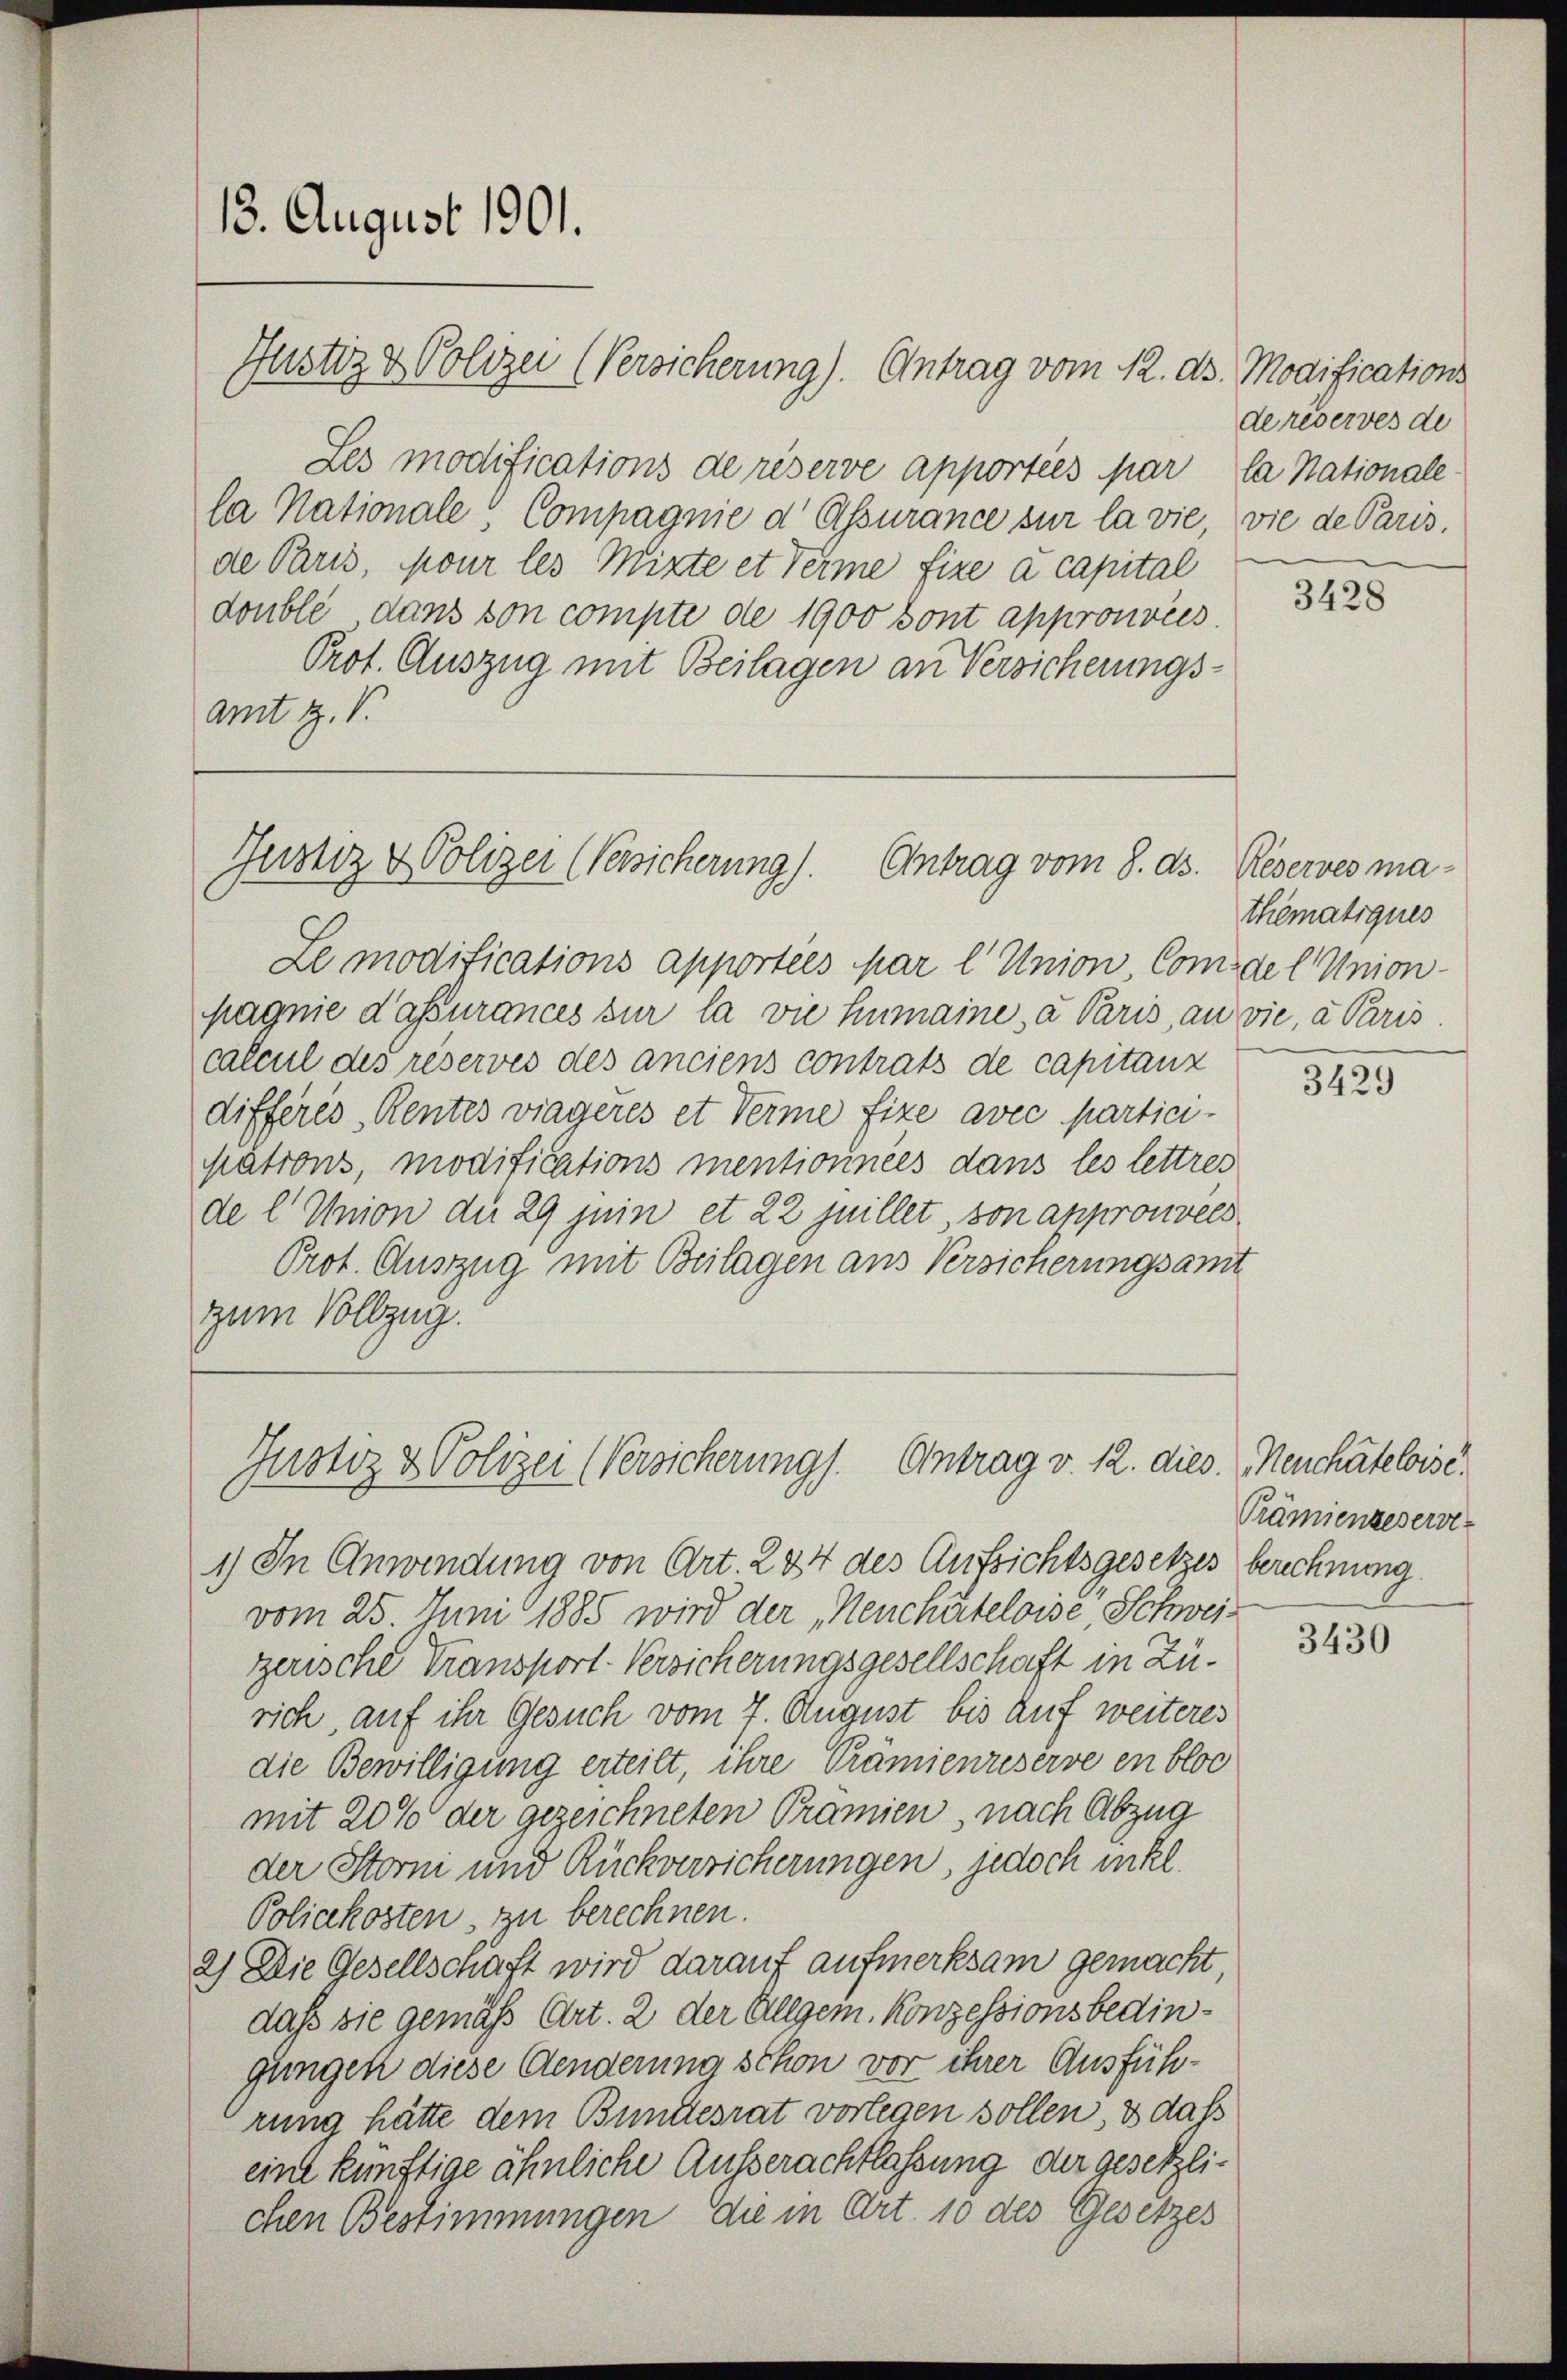
13. August 1901.

Justiz & Polizei (Versicherung). Antrag vom 12. ds. Modifications
Les modifications de réserve apportées par la Nationale
la Nationale Compagnie d Assurance sur la vie, vie de Paris.
de Paris, pour les Mitte et Verme fixe à capital
doublé dans von compte de 1900 sont approuvées.
Prot. Auszug mit Beilagen an Versicherungsamt Z. V.

Justiz & Polizei (Gewicherung). Antrag vom 8. ds.

Le modifications apportées par l. Union Comdel Union-
pagnie d’assurances sur la die Humaine, a Paris, an vie, a Paris.
calcul des réservés des anciens contrats de capitanz
differes, Rentes viageres et Verme fixe avec participations, modifications mentionnées dans les lettres
de l. Union du 29 juin et 22 juillet, von anprouvées
Prot. Auszug mit Beilagen aus Versicherungsamt
zum Vollzug.

Gnotiz & Polizei (Versicherung). Antrag v. 12. dies. Neuchâteloise.

1) In Anwendung von Art. 244 des Aufsichtsgesetzes
vom 25. Juni 1885 wird der „Neuchâteloise, Schweizerische Transport-Versicherungsgesellschaft in Zürich, auf ihr Gesuch vom 7. August bis auf weiteres
die Bewilligung erteilt, ihre Prämienreserve en bloc
mit 20% der gezeichneten Prämien, nach Abzug
der Storni und Rückversicherungen, jedoch inkl.
Poliakosten, zu berechnen.
2) Die Gesellschaft wird darauf aufmerksam gemacht,
daß sie gemäß Art. 2 der Allgem. Konzessionsbedingungen diese Aenderung schon vor ihrer Ausführung hätte dem Bundesrat vorlegen sollen, & daß
eine künftige ähnliche Ausserachtlassung der gesetzlichen Bestimmungen die in Art. 10 des Gesetzes

dereserves de

3428

Reserves ma-
thematiques

3429

Prämienzeserst
berechnung.

3430